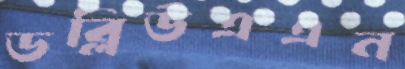
ডব্লিউএএন